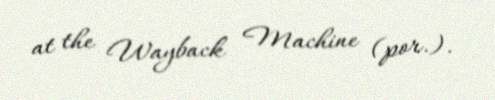
at the Wayback Machine (por.).